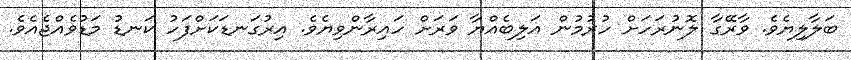
ބަލާލިޔެވެ. ވާރޭގާ ލޮނުރަހަށް ހުރުމުން އަލިބެއްޔާ ވަރަށް ހައިރާންވިޔެވެ. އިރުގަނޑަކަށްފަހު ކަނޑު މަޑުވެއްޖެއެވެ.